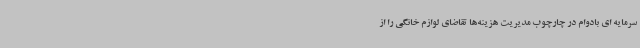
سرمایه ای بادوام در چارچوب مدیریت هزینه‌ها تقاضای لوازم خانگی را از